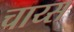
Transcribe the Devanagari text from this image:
चाय्स